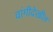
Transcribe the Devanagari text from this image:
वांगीदेखील